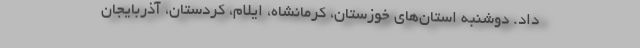
داد. دوشنبه استان‌های خوزستان، کرمانشاه، ایلام، کردستان، آذربایجان